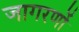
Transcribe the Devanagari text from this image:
जागरणों